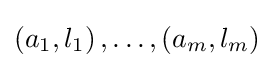
\left(a_{1},l_{1}\right),{\text{…}},\left(a_{m},l_{m}\right)